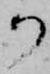
か